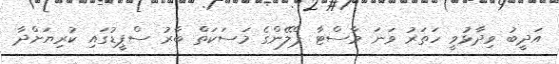
އަދީބު ވިދާޅުވީ ހަތަރު ވަނަ މާސްޓާ ޕްލޭންގެ މަސަކަތް ބާރު ސްޕީޑުގައި ކުރިޔަށްދާ